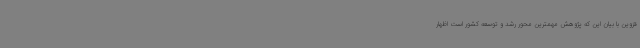
قزوین با بیان این که پژوهش مهمترین محور رشد و توسعه کشور است اظهار